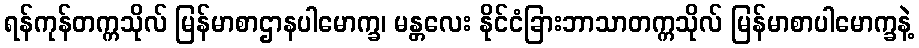
ရန်ကုန်တက္ကသိုလ် မြန်မာစာဌာနပါမောက္ခ၊ မန္တလေး နိုင်ငံခြားဘာသာတက္ကသိုလ် မြန်မာစာပါမောက္ခနဲ့